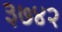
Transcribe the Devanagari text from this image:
३७४२